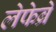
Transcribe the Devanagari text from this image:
लेफेब्रे